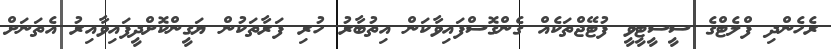
ރެހެންދި ފްލެޓްގެ ސީސީޓީވީ ފުޓޭޖްތަކެއް ގެންގޮސްފައިވާކަން އިތުބާރު ހުރި ފަރާތަކުން ޔަގީންކޮށްދީފައިވާއިރު އެތަނަށް